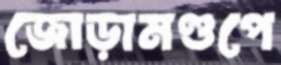
জোড়ামণ্ডপে